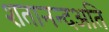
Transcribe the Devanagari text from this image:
शतानन्दअति